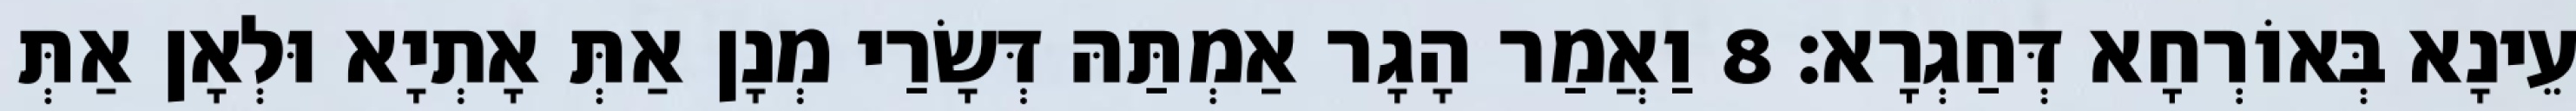
עֵינָא בְּאוֹרְחָא דְּחַגְרָא׃ 8 וַאֲמַר הָגָר אַמְתַּהּ דְּשָׂרַי מְנָן אַתְּ אָתְיָא וּלְאָן אַתְּ